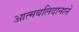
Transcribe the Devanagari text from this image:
आत्मबलिदानाने